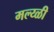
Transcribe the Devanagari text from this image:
मल्य्ळी